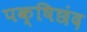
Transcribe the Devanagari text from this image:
पक्षिछंद